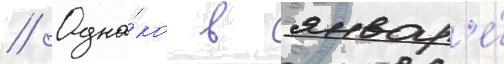
// Одна́ко в январ'е́